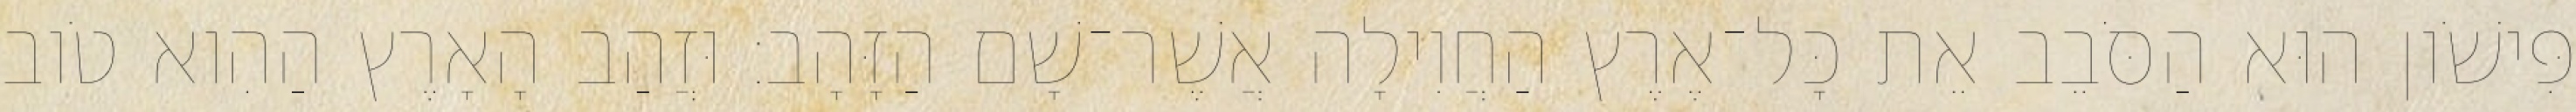
פִּישֹׁון הוּא הַסֹּבֵב אֵת כָּל־אֶרֶץ הַחֲוִילָה אֲשֶׁר־שָׁם הַזָּהָב׃ וּזֲהַב הָאָרֶץ הַהִוא טֹוב